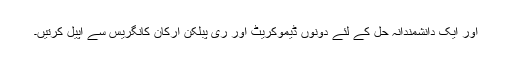
اور ایک دانشمندانہ حل کے لئے دونوں ڈیموکریٹ اور ری پبلکن ارکان کانگریس سے اپیل کرتیں۔